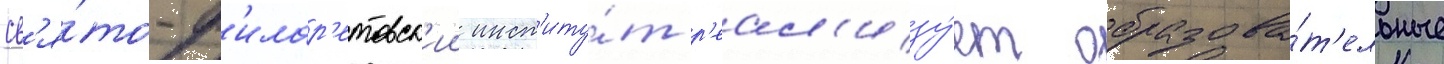
Св'я́то-ф'илар'етовск'ии инст'иту́т р'еал'изу́ет образова́т'ельные